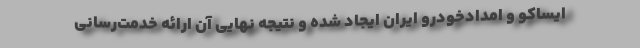
ایساکو و امدادخودرو ایران ایجاد شده و نتیجه نهایی آن ارائه خدمت‌رسانی